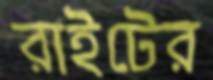
রাইটের